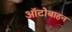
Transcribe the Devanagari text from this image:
ऑटोबाहन